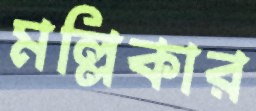
মল্লিকার